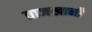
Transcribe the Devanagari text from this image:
ताजखानी